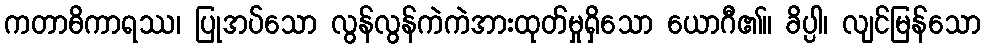
ကတာဓိကာရဿ၊ ပြုအပ်သော လွန်လွန်ကဲကဲအားထုတ်မှုရှိသော ယောဂီ၏။ ခိပ္ပါ၊ လျင်မြန်သော